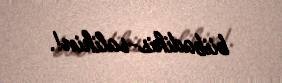
biibadihis-salihin!.